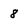
Character: 8